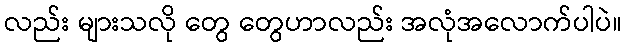
လည်း များသလို တွေ တွေဟာလည်း အလုံအလောက်ပါပဲ။